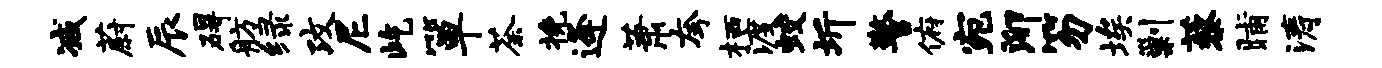
减蔚辰碍舫绿攻尼屹箪荼挽逄萧夸栖渡蛟圻警俯宛泖笏埃剿藜晡涛